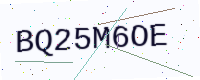
Text: BQ25M6OE